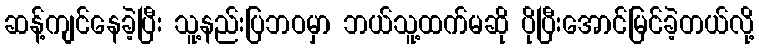
ဆန့်ကျင်နေခဲ့ပြီး သူ့နည်းပြဘဝမှာ ဘယ်သူ့ထက်မဆို ပိုပြီးအောင်မြင်ခဲ့တယ်လို့